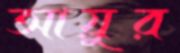
আয়ুর